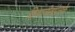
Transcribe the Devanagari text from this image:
कियागीताप्रेसके